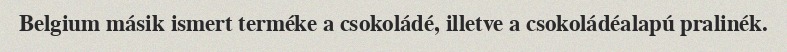
Belgium másik ismert terméke a csokoládé, illetve a csokoládéalapú pralinék.